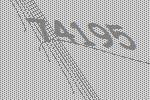
74195